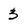
Character: 3